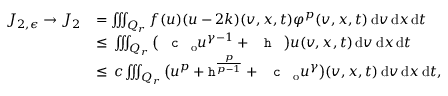
\begin{array} { r l } { J _ { 2 , \epsilon } \to J _ { 2 } } & { = \iiint _ { Q _ { r } } f ( u ) ( u - 2 k ) ( v , x , t ) \varphi ^ { p } ( v , x , t ) \, \mathrm { d } v \, \mathrm { d } x \, \mathrm { d } t } \\ & { \le \, \iiint _ { Q _ { r } } \big ( \textup { \texttt { c } } _ { \mathrm { o } } u ^ { \gamma - 1 } + \textup { \texttt { h } } \big ) u ( v , x , t ) \, \mathrm { d } v \, \mathrm { d } x \, \mathrm { d } t } \\ & { \le \, c \iiint _ { Q _ { r } } \big ( u ^ { p } + \mathtt { h } ^ { \frac { p } { p - 1 } } + \textup { \texttt { c } } _ { \mathrm { o } } u ^ { \gamma } \big ) ( v , x , t ) \, \mathrm { d } v \, \mathrm { d } x \, \mathrm { d } t , } \end{array}